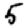
Digit: 5